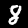
Label: 8